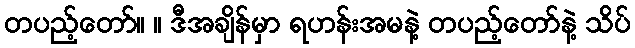
တပည့်တော်။ ။ ဒီအချိန်မှာ ရဟန်းအမနဲ့ တပည့်တော်နဲ့ သိပ်